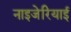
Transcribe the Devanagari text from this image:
नाइजेरियाई